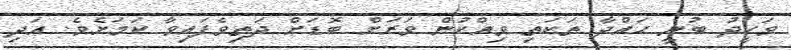
ވަހީދު ބުނީ ހައްދާ ތަކަތި ވިއްކުން ވަރަށް ބޮޑަށް ދަތިވެފައިވާ ކަމަށެވެ. އަދި